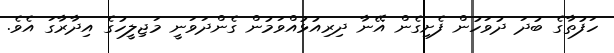
ހަފުތާގެ ބުދަ ދުވަހުން ފެށިގެން އޭނާ ދިރިއުޅުއްވަމުން ގެންދަވަނީ މަޖިލީހުގެ އިދާރާގަ އެވެ.